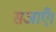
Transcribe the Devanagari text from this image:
सजाएँ।